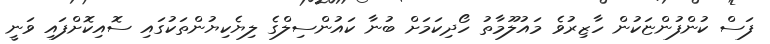
ފަސް ކުންފުންޏަކުން ހާޒިރުވެ މައުލޫމާތު ހޯދިކަމަށް ބުނާ ކައުންސިލްގެ ލިޔެކިޔުންތަކުގައި ސޮއިކޮށްފައި ވަނީ